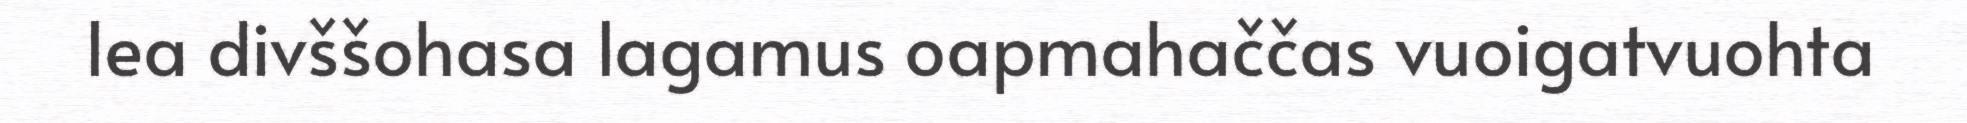
lea divššohasa lagamus oapmahaččas vuoigatvuohta